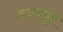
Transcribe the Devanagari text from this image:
अजयपुर